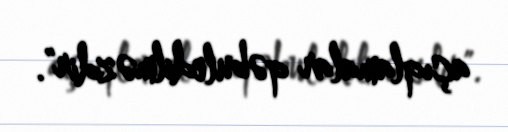
açıqlamalar qəbuledilməzdir".